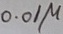
Text: O.O1µ